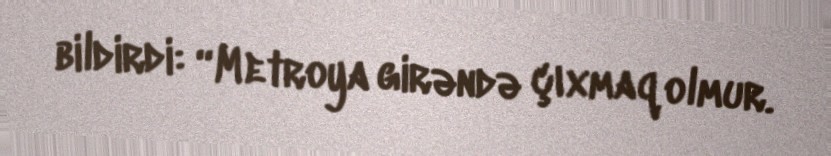
bildirdi: “Metroya girəndə çıxmaq olmur.